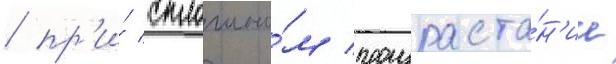
/ пр'и́ сплошно́м произраста́н'ии